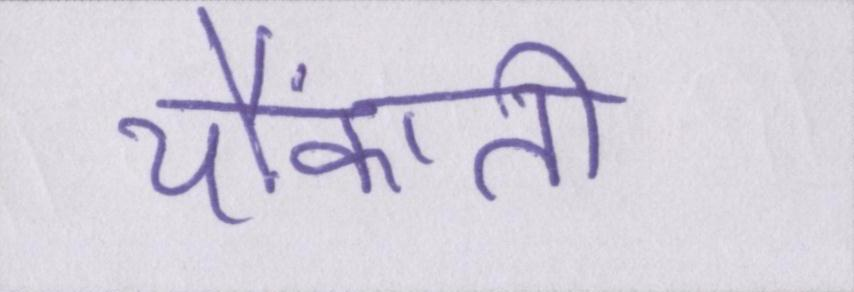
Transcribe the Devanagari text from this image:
चौंकाती